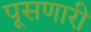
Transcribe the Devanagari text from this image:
पूसणारी